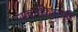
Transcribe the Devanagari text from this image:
उपवर्गीकरणही